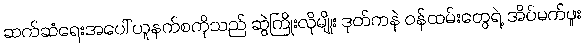
ဆက်ဆံရေးအပေါ် ယူနက်စကိုသည် ဆွဲကြိုးလိုမျိုး ဒုတ်ကနဲ ဝန်ထမ်းတွေရဲ့ အိပ်မက်ဖူး